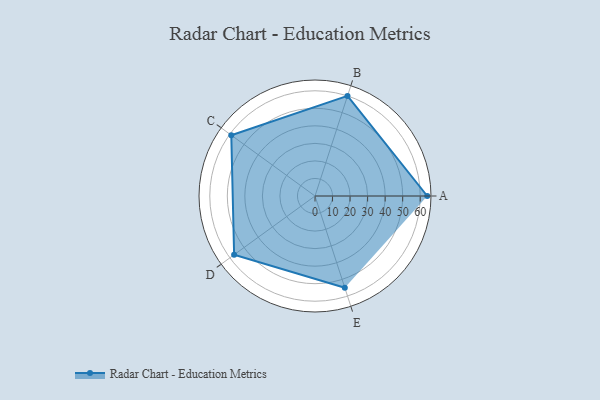
{"axis": {"x": "Skill", "y": "Score"}, "legend": ["Profile"], "data": [{"x": "A", "y": 64.0, "type": "Profile"}, {"x": "B", "y": 60.0, "type": "Profile"}, {"x": "C", "y": 59.0, "type": "Profile"}, {"x": "D", "y": 57.0, "type": "Profile"}, {"x": "E", "y": 55.0, "type": "Profile"}]}